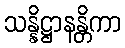
သန္နိဋ္ဌာနန္တိကာ